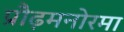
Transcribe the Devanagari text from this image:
प्रौढ़मनोरमा